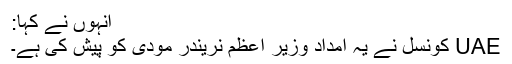
انہوں نے کہا:
UAE کونسل نے یہ امداد وزیر اعظم نریندر مودی کو پیش کی ہے۔